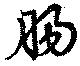
腸